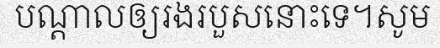
បណ្តាលឲ្យរងរបួសនោះទេ។សូម